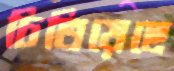
চিতিয়েছে